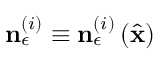
\mathbf { n } _ { \epsilon } ^ { \left( i \right) } \equiv \mathbf { n } _ { \epsilon } ^ { \left( i \right) } \left( \hat { \mathbf { x } } \right)